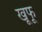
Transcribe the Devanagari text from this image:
खूफू